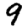
Digit: 9